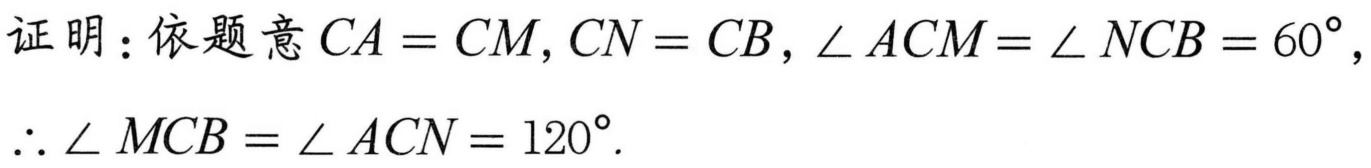
证明：依题意\(CA = CM\)，\(CN = CB\)，\(\angle ACM=\angle NCB = 60^{\circ}\)，
\(\therefore\angle MCB=\angle ACN = 120^{\circ}\).